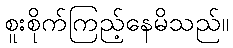
စူးစိုက်ကြည့်နေမိသည်။